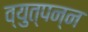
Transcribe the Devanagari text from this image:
व्युत्‍पन्‍न